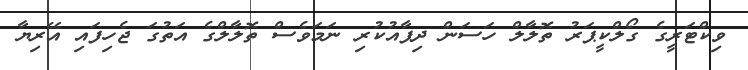
ވިކްޓަރީގެ ގޯލްކީޕަރު ތޮލާލް ހަސަން ދިފާއުކުރި ނަމަވެސް ތޮލާލްގެ އަތުގަ ޖެހިފައި އޭރިޔާ